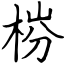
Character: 梤